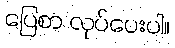
ပြေစာ လုပ်ပေးပါ။